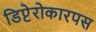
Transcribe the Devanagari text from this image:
डिप्टेरोकारपस